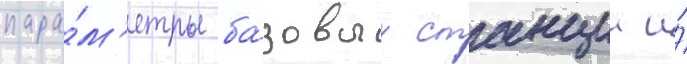
пара́м'етры ба́зовых станции и́